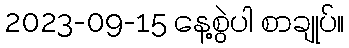
2023-09-15 နေ့စွဲပါ စာချုပ်။